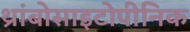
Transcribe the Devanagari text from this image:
थ्रांबोसाइटोपीनिक